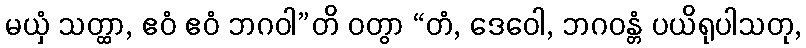
မယှံ သတ္ထာ, ဧဝံ ဧဝံ ဘဂဝါ”တိ ဝတွာ “တံ, ဒေဝေါ, ဘဂဝန္တံ ပယိရုပါသတု,